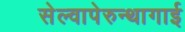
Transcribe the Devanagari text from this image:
सेल्वापेरुन्थागाई